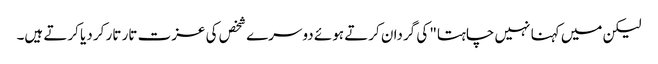
لیکن میں کہنا نہیں چاہتا" کی گردان کرتے ہوئے دوسرے شخص کی عزت تار تار کر دیا کرتے ہیں۔